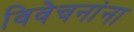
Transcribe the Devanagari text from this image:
विवेचनांना